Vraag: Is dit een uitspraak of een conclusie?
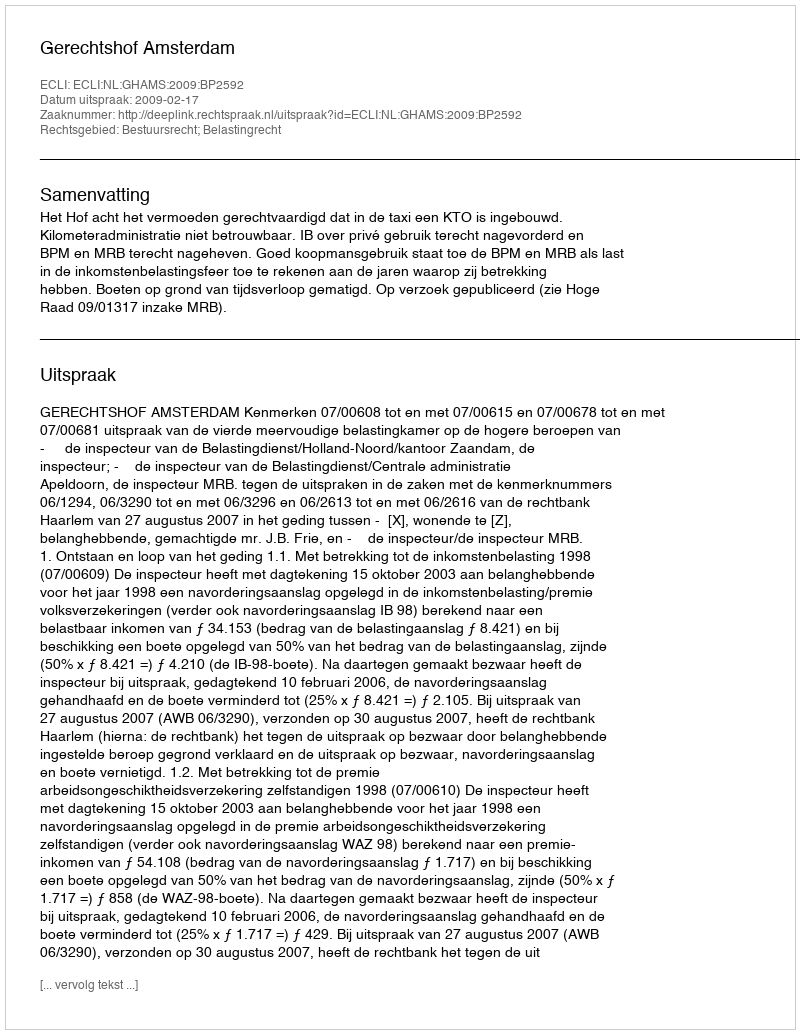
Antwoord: Uitspraak